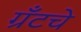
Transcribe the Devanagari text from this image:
ग्रँटचे